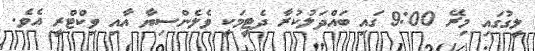
ލީގުގައި މިރޭ 9:00 ގައި ބައްދަލުކުރާ ދެޓީމަކީ ވެލެންސިޔާ އާއި ވިކްޓްރީ އެވެ.